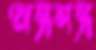
অস্ত্রসস্ত্র